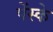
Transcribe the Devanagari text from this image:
पेंस्के